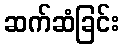
ဆက်ဆံခြင်း